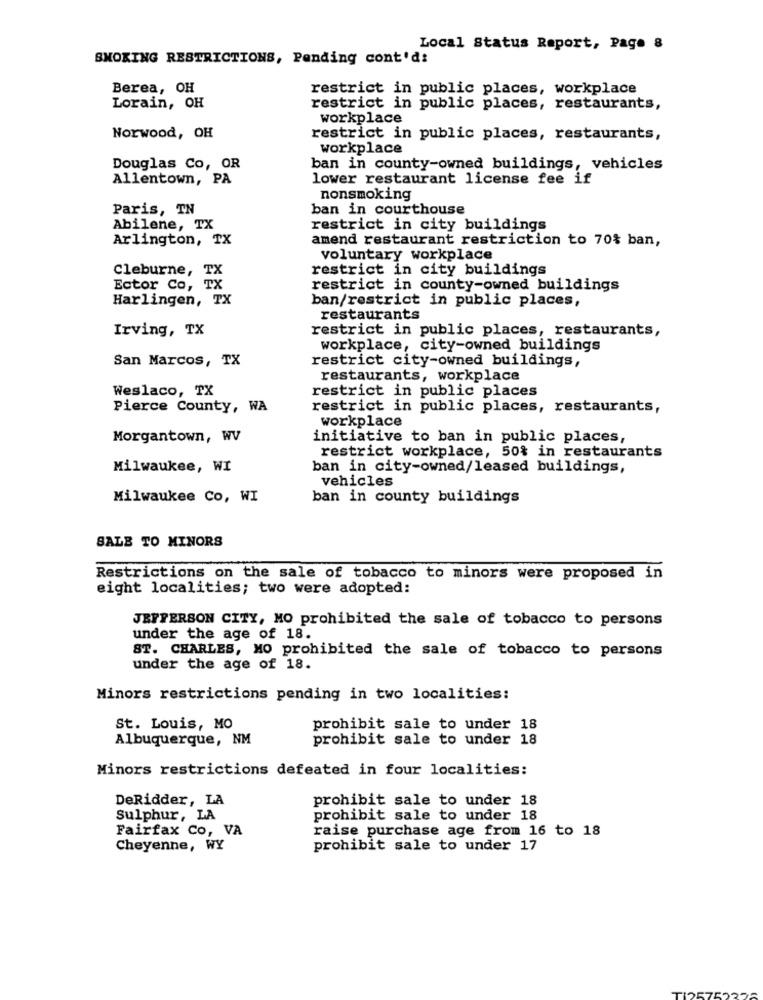
Local Status Report, Page 8
SMOKING RESTRICTIONS, Pending cont'd:
Berea, OH
restrict in public places, workplace
Lorain, OH
restrict in public places, restaurants,
workplace
Norwood, OH
restrict in public places, restaurants,
workplace
Douglas Co, OR
ban in county-owned buildings, vehicles
Allentown, PA
lower restaurant license fee if
nonsmoking
Paris, TN
ban in courthouse
Abilene, TX
restrict in city buildings
Arlington, TX
amend restaurant restriction to 70% ban,
voluntary workplace
Cleburne, TX
restrict in city buildings
Ector Co, TX
restrict in county-owned buildings
Harlingen, TX
ban/restrict in public places,
restaurants
Irving, TX
restrict in public places, restaurants,
workplace, city-owned buildings
San Marcos, TX
restrict city-owned buildings,
restaurants, workplace
Weslaco, TX
restrict in public places
Pierce County, WA
restrict in public places, restaurants,
workplace
Morgantown, WV
initiative to ban in public places,
restrict workplace, 50% in restaurants
Milwaukee, WI
ban in city-owned/leased buildings,
vehicles
Milwaukee Co, WI
ban in county buildings
SALE TO MINORS
Restrictions on the sale of tobacco to minors were proposed in
eight localities; two were adopted:
JEFFERSON CITY, MO prohibited the sale of tobacco to persons
under the age of 18.
ST. CHARLES, MO prohibited the sale of tobacco to persons
under the age of 18.
Minors restrictions pending in two localities:
St. Louis, MO
prohibit sale to under 18
Albuquerque, NM
prohibit sale to under 18
Minors restrictions defeated in four localities:
DeRidder, LA
prohibit sale to under 18
Sulphur, LA
prohibit sale to under 18
Fairfax Co, VA
raise purchase age from 16 to 18
Cheyenne, WY
prohibit sale to under 17